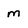
Character: m